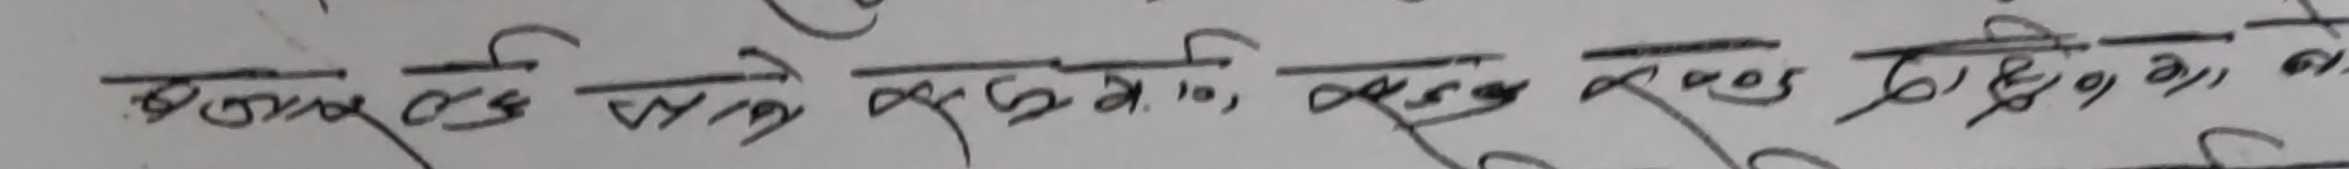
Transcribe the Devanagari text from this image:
बबदाल एव सम प्रम ये, खस करु गद रु ०५ छुटि द य म यो अ